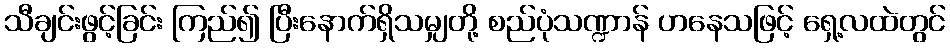
သီချင်းဖွင့်ခြင်း ကြည်၍ ပြီးနောက်ရှိသမျှတို့ စည်ပုံသဏ္ဍာန် ဟနေသဖြင့် ရှေ့လထဲတွင်